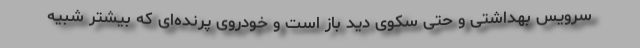
سرویس بهداشتی و حتی سکوی دید باز است و خودروی پرنده‌ای که بیشتر شبیه